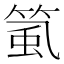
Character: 𥮸